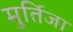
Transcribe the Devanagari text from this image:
मुर्तिजा